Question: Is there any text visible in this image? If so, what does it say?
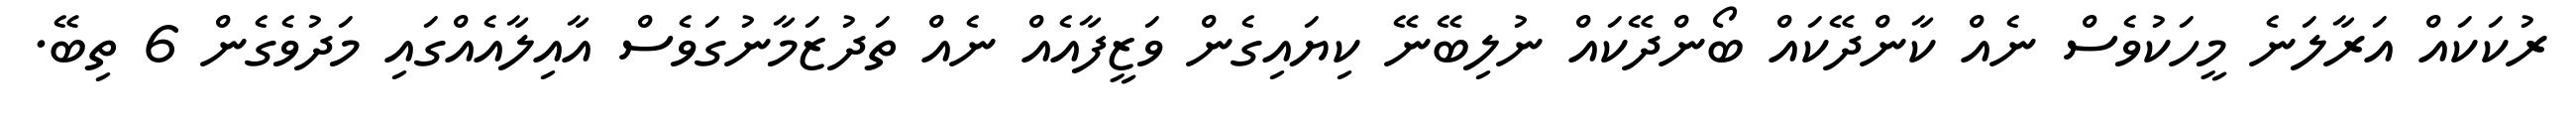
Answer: ރުކަކައް އަރާލަނެ މީހަކުވެސް ނެއް ކާންދޭކައް ބޯންދޭކައް ނުލިބޭނޭ ކިޔައިގެން ވަޒީފާއެއް ނެއް ތަދުޒަމާނުގަވެސް އާއިލާއެއްގައި މަދުވެގެން 6 ތިބޭ.